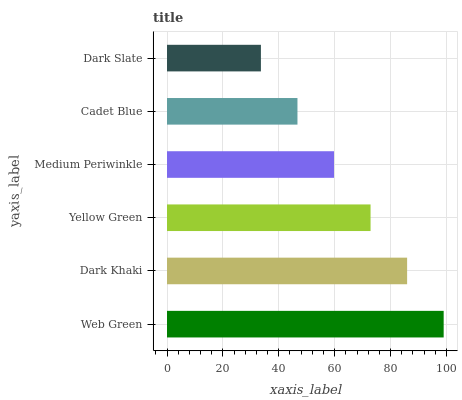
| yaxis_label | bars |
 | --- | --- |
 | Web Green | 99 |
 | Dark Khaki | 85.9 |
 | Yellow Green | 72.8 |
 | Medium Periwinkle | 59.8 |
 | Cadet Blue | 46.7 |
 | Dark Slate | 33.6 |